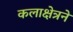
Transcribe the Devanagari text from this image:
कलाक्षेत्रने